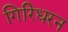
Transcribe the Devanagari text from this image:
गिरिधरन